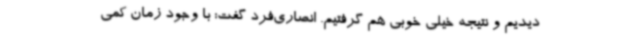
دیدیم و نتیجه خیلی خوبی هم گرفتیم. انصاری‌فرد گفت: با وجود زمان کمی